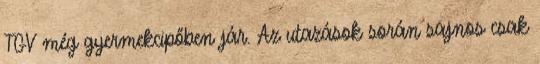
TGV még gyermekcipőben jár. Az utazások során sajnos csak